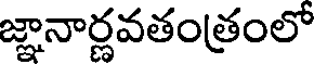
జ్ఞానార్ణవతంత్రంలో